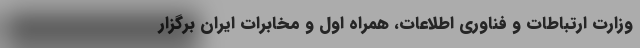
وزارت ارتباطات و فناوری اطلاعات، همراه اول و مخابرات ایران برگزار